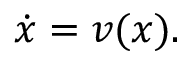
{ \dot { x } } = v ( x ) .